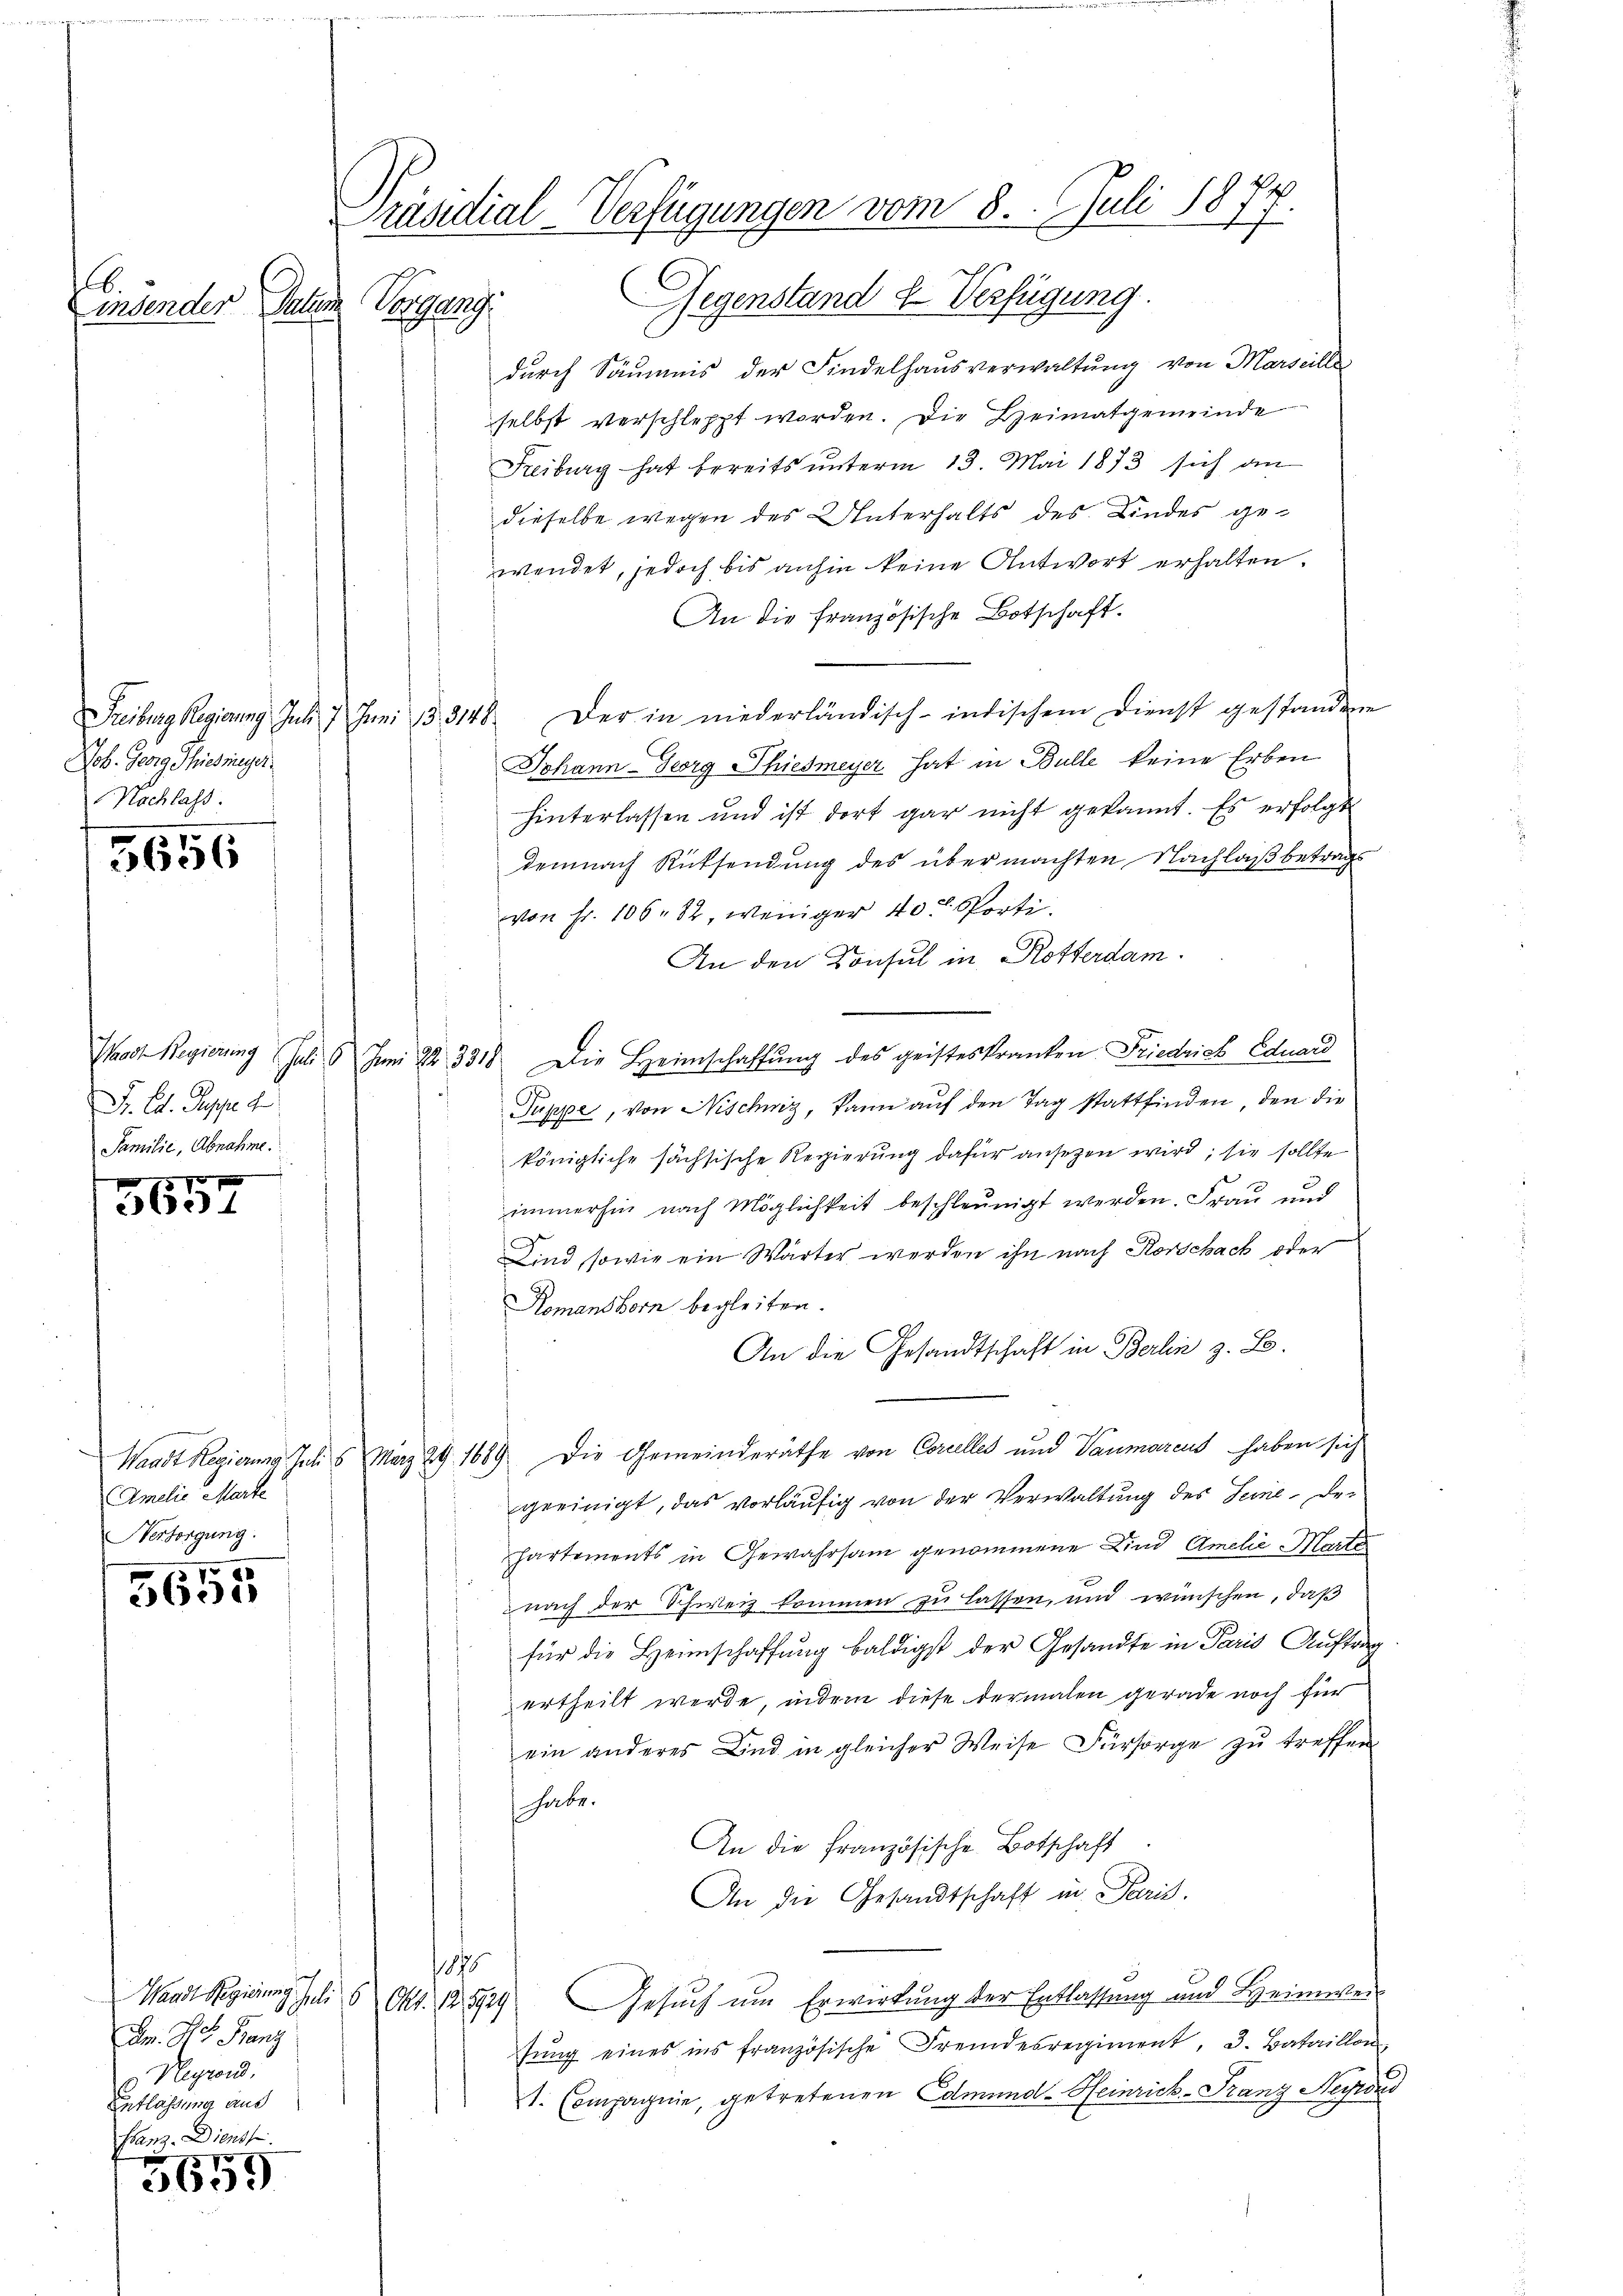
Einsenden Datum

Job. Georg Schiedmeyer
Nachlass.

5656

Sr. Ed. Suppe d
Samilie, Abnahme.

0 x
1

Amdie Marte
Nersorgung.

3655

Dm. Hr. Franz
0 Heyrand.
Entlassung aus
flanz. Dienst

5659

Präsidial-Verfügungen vom 8. Juli 1877.
Vorgang. Gegenstand u. Verfügung.

durch Säumnis der Findelhausverwaltung von Marseille
selbst verschleppt worden. Die Heimatgemeinde
Freiburg hat bereits unterm 13. Mai 1873 sich an
dieselbe wegen des Unterhalts des Kindes gewendet, jedoch bis anhin keine Antwort erhalten.
An die französische Botschaft.
Freiburg Regierung Jul. 7 Juni 13. 3148. Der in niederländisch-indischem Dienst gestandene
Johann-Georg Thiesmeyer hat in Bulle keine Erben
hinterlassen und ist dort gar nicht gekannt. Es erfolgt
demnach Rücksendung des übermachten Nachlaß betrags
von Fr. 106. 82, weniger 40 Porti
An den Konsul in Rotterdam.
Waadt Regierung Juli 6 Juni 22 3318. Die Heimschaffŭng des geisteskranken Friedrich Eduard
Puppe, von Nischniz, kann auf den Tag stattfinden, den die
königliche sächsische Regierung dafür ansezen wird, sie sollte
immerhin nach Möglichkeit beschleunigt werden. Frau und
Kind, sowie ein Wärter werden ihn nach Rorschack oder
Romanshorn begleiten.
An die Gesandtschaft in Berlin z. B.
Waadt Regierung Juli 5. März 29. 1689. Die Gemeinderäthe von Corcelles und Vaumarcus haben sich
geeinigt, das vorläufig von der Verwaltung des Seine, der
hartements in Gewahrsam genommene Kind Amelie Marte
nach der Schweiz kommen zu lassen, und wünschen, daß
für die Heimschaffung baldigst der Gesandte in Paris Auftrag
ertheilt werde, indem diese dermalen gerade noch für
ein anderes und in gleicher Weise Fürsorge zu treffen
habe.
An die Französische Botschaft
An die Gesandtschaft in Paris.
h
Waadt Regierung Juli 5 Okt. 128929. Gesuch um Erwirkung der Entlassung und Heimweisŭng eines ins französische Fremdesregiment, 3. Bataillon
t. Compagnie, getretenen Edmund-Heinrich-Franz Negren